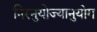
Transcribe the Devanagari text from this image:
निरनुयोज्यानुयोग